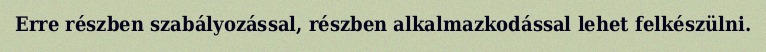
Erre részben szabályozással, részben alkalmazkodással lehet felkészülni.